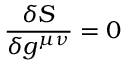
{ \frac { \delta S } { \delta g ^ { \mu \nu } } } = 0